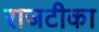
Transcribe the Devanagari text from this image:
राजटीका